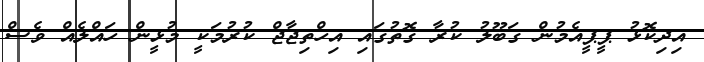
އިދިކޮޅު ޕީޕީއެމުން ގަބޫލު ކުރާ ގޮތުގައި އިހްތިޖާޖް ކުރުމަކީ މުޅީން ހައްލެއް ވެސް